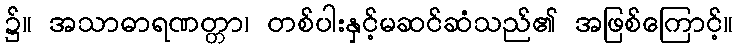
၌။ အသာဓာရဏတ္တာ၊ တစ်ပါးနှင့်မဆင်ဆံသည်၏ အဖြစ်ကြောင့်။